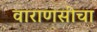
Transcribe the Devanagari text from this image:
वाराणसीचा